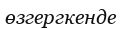
өзгергкенде